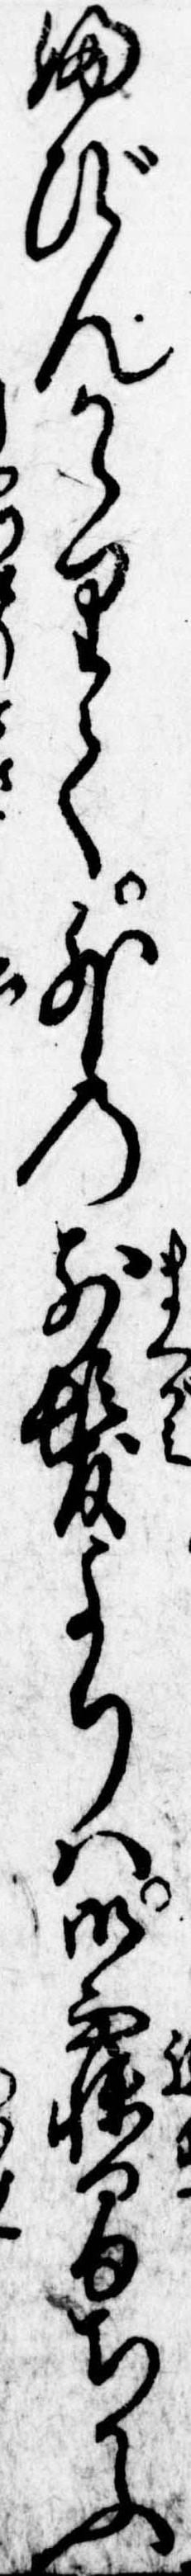
ふびんかゝりて外の前髪よりは御寝間ちかふ